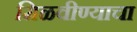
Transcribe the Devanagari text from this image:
मिळवीण्याचा